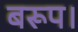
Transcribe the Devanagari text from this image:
बरूप।